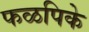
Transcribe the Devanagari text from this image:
फळपिके